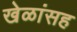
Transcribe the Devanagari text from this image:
खेळांसह